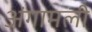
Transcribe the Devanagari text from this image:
अंगामली